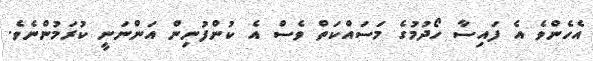
އެހެންވެ އެ ފައިސާ ހޯދުމުގެ މަސައްކަތް ވެސް އެ ކުންފުނިން އަންނަނީ ކުރަމުންނެވެ.